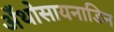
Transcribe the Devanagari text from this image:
अँथोसायनाडिन